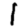
Digit: 1